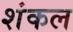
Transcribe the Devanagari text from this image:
शंकल